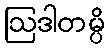
ဩဒါတမ္ပိ